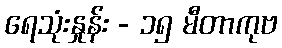
ရေသုံးနှုန်း - ၁၅ မီတာကုဗ